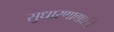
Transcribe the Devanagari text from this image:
सुधारणावाद्यांचे